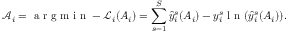
\mathcal { A } _ { i } = \mathrm { ~ a ~ r ~ g ~ m ~ i ~ n ~ } - \mathcal { L } _ { i } ( A _ { i } ) = \sum _ { s = 1 } ^ { S } \hat { y } _ { i } ^ { s } ( A _ { i } ) - y _ { i } ^ { s } \mathrm { ~ l ~ n ~ } ( \hat { y } _ { i } ^ { s } ( A _ { i } ) ) .